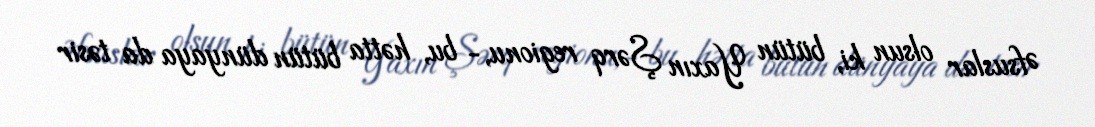
Əfsuslar olsun ki, bütün Yaxın Şərq regionu,- bu, hətta bütün dünyaya da təsir